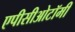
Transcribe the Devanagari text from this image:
एपीसीओटॉमी